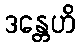
ဒန္တေဟိ